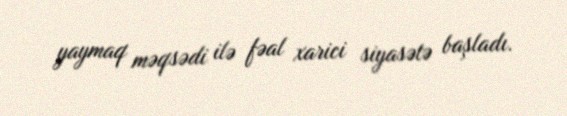
yaymaq məqsədi ilə fəal xarici siyasətə başladı.